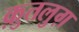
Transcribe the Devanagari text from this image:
क़ुतलुग़